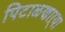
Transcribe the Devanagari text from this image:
पिटाळणाऱ्या